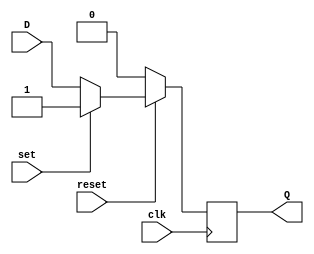
module sync_reset_set_d_ff (
    input D,
    input clk,
    input reset,
    input set,
    output reg Q
);

always @(posedge clk) begin
    if (!reset) begin
        Q <= 1'b0;
    end else if (set) begin
        Q <= 1'b1;
    end else begin
        Q <= D;
    end
end

endmodule